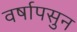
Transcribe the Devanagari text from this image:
वर्षापसुन